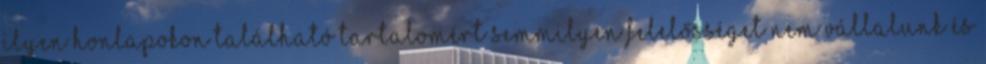
ilyen honlapokon található tartalomért semmilyen felelősséget nem vállalunk és